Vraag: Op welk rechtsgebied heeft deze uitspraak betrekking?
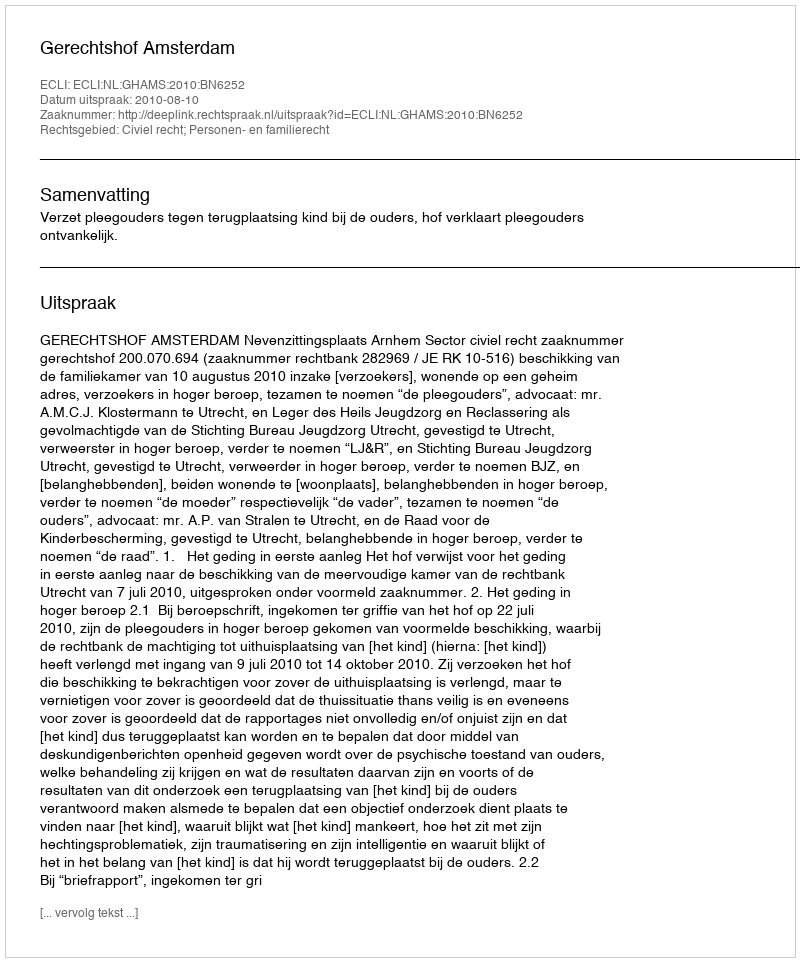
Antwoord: Civiel recht; Personen- en familierecht